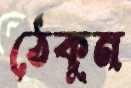
ঠেকুন